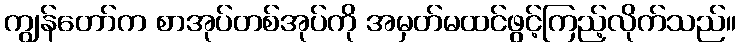
ကျွန်တော်က စာအုပ်တစ်အုပ်ကို အမှတ်မထင်ဖွင့်ကြည့်လိုက်သည်။